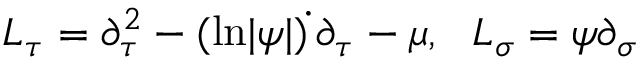
L _ { \tau } = \partial _ { \tau } ^ { 2 } - ( \mathrm { l n } | \psi | ) \dot { } \, \partial _ { \tau } - \mu , \, \, \, \, L _ { \sigma } = \psi \partial _ { \sigma }